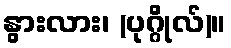
နွားလား၊ (ပုဂ္ဂိုလ်)။